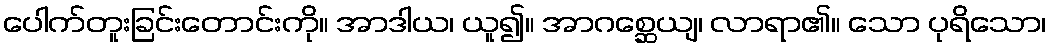
ပေါက်တူးခြင်းတောင်းကို။ အာဒါယ၊ ယူ၍။ အာဂစ္ဆေယျ၊ လာရာ၏။ သော ပုရိသော၊